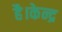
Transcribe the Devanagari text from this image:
है।केन्द्र